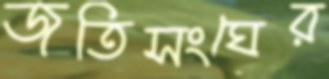
জতিসংঘের